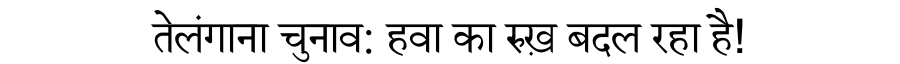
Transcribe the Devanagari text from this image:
तेलंगाना चुनाव: हवा का रुख़ बदल रहा है!